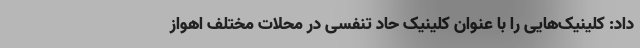
داد: کلینیک‌هایی را با عنوان کلینیک حاد تنفسی در محلات مختلف اهواز